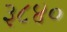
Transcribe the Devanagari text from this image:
३८४०